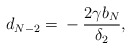
\begin{align*}d_{N-2} = {} - \frac{2\gamma b_N}{\delta_2}, \end{align*}